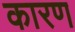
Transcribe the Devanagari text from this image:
कारण्‍ा